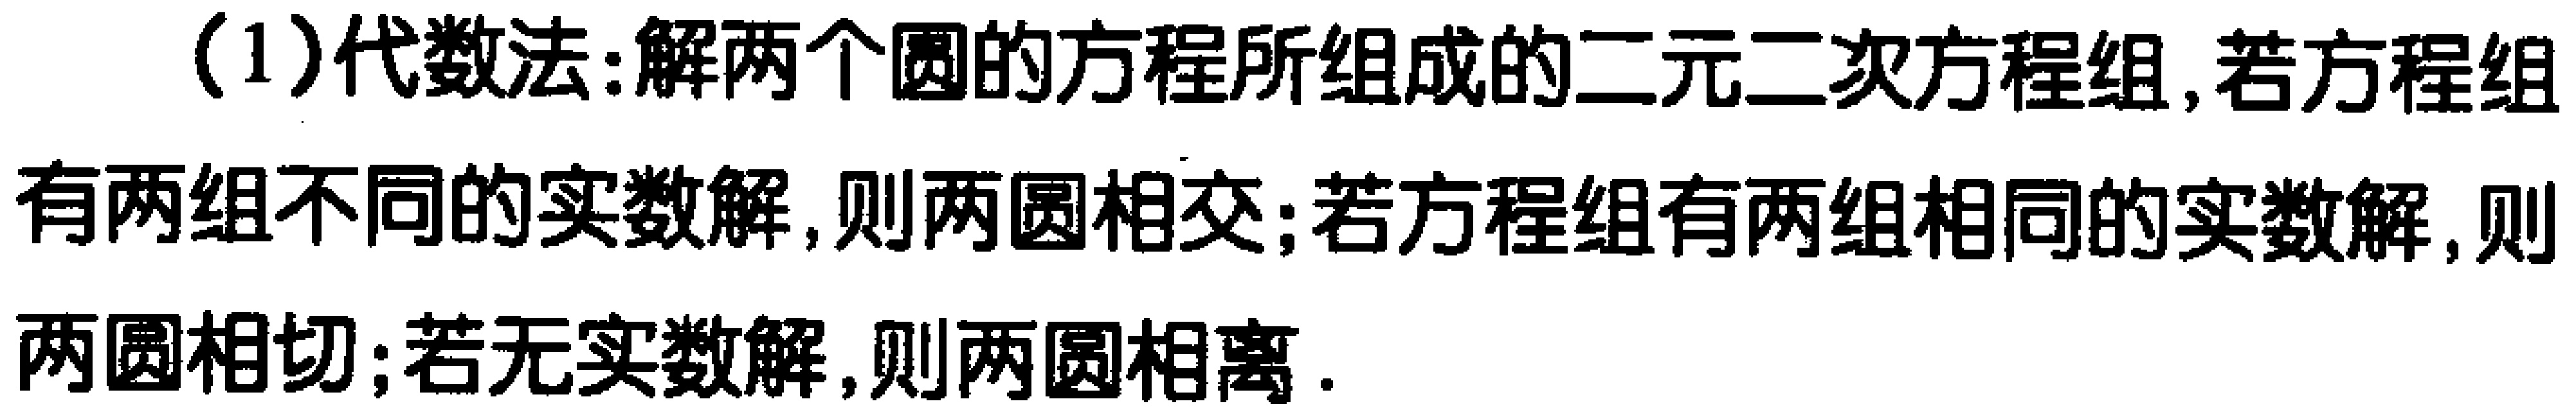
(1)代数法:解两个圆的方程所组成的二元二次方程组,若方程组有两组不同的实数解,则两圆相交;若方程组有两组相同的实数解,则两圆相切;若无实数解,则两圆相离.